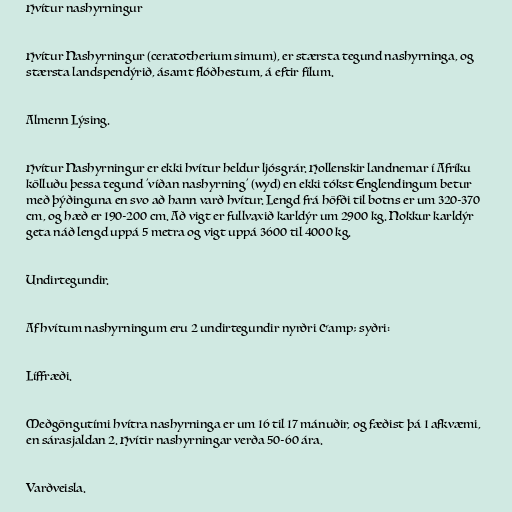
Hvítur nashyrningur

Hvítur Nashyrningur (ceratotherium simum), er stærsta tegund nashyrninga, og
stærsta landspendýrið, ásamt flóðhestum, á eftir fílum.

Almenn Lýsing.

Hvítur Nashyrningur er ekki hvítur heldur ljósgrár. Hollenskir landnemar í Afríku
kölluðu þessa tegund 'víðan nashyrning' (wyd) en ekki tókst Englendingum betur
með þýðinguna en svo að hann varð hvítur. Lengd frá höfði til botns er um 320-370
cm, og hæð er 190-200 cm. Að vigt er fullvaxið karldýr um 2900 kg. Nokkur karldýr
geta náð lengd uppá 5 metra og vigt uppá 3600 til 4000 kg.

Undirtegundir.

Af hvítum nashyrningum eru 2 undirtegundir nyrðri &amp; syðri:

Líffræði.

Meðgöngutími hvítra nashyrninga er um 16 til 17 mánuðir, og fæðist þá 1 afkvæmi,
en sárasjaldan 2. Hvítir nashyrningar verða 50-60 ára.

Varðveisla.